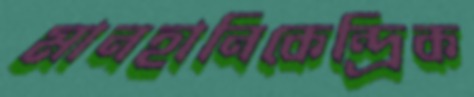
মানহানিকেন্দ্রিক